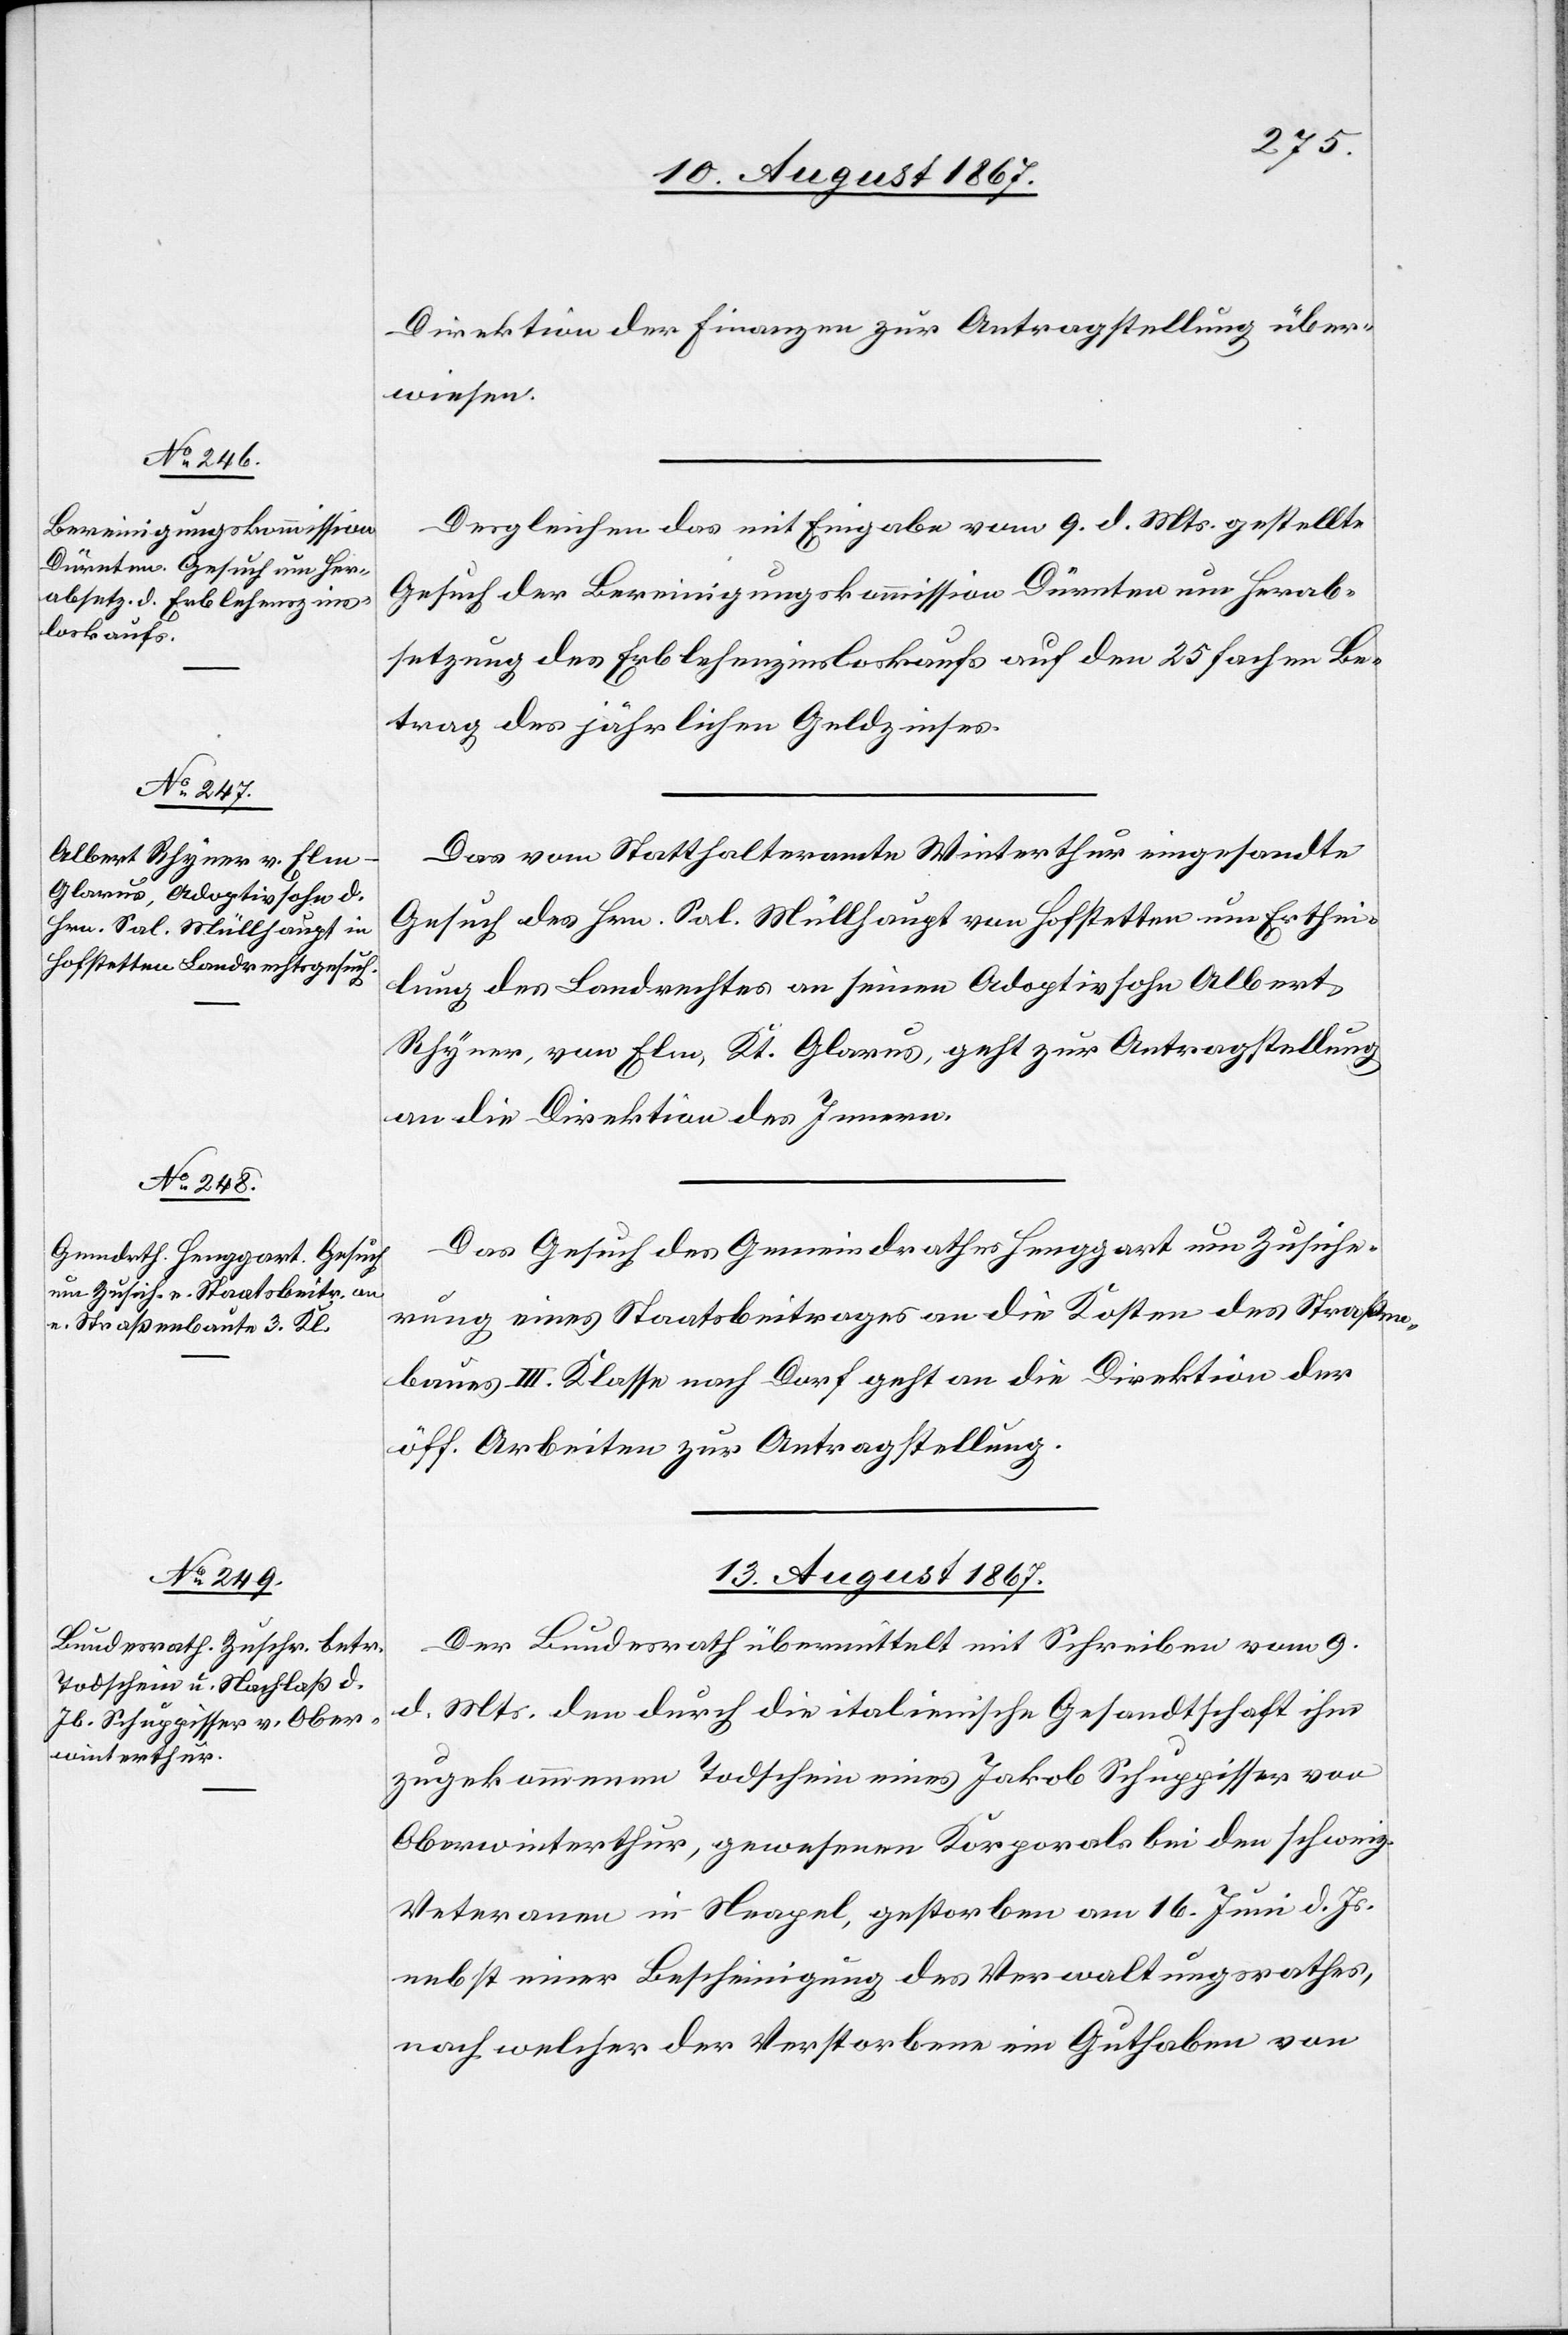
12. August 1867.]
Direktion der Finanzen zur Antragstellung über¬
wiesen.
Desgleichen das mit Eingabe vom 9. d. Mts gestellte
Gesuch der Bereinigungskommission Dürnten um Herab¬
setzung des Erblehenzinsloskaufs auf den 25fachen Be¬
trag des jährlichen Geldzinses.
Das vom Statthalteramte Winterthur eingesandte
Gesuch des Hrn. Sal. Müllhaupt von Hofstetten um Erthei¬
lung des Landrechtes an seinen Adoptivsohn Albert
Rhyner, von Elm, Kt. Glarus, geht zur Antragstellung
an die Direktion des Innern.
Das Gesuch des Gemeindrathes Henggart um Zusiche¬
rung eines Staatsbeitrages an die Kosten des Straßen¬
baues III. Klasse nach Dorf geht an die Direktion der
öff. Arbeiten zur Antragstellung.
13. August 1867.
Der Bundesrath übermittelt mit Schreiben vom 9.
d. Mts. den durch die italienische Gesandtschaft ihm
zugekommenen Todschein eines Jakob Schuppisser von
Oberwinterthur, gewesenen Korporals bei den schweiz.
Veteranen in Neapel, gestorben am 16. Juni d. Js.
nebst einer Bescheinigung des Verwaltungsraths,
nach welcher der Verstorbene ein Guthaben von